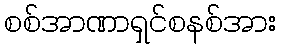
စစ်အာဏာရှင်စနစ်အား